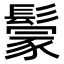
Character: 𩮡